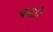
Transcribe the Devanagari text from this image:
पन्ढारे